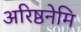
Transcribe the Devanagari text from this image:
अरिष्ठनेमि